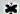
*